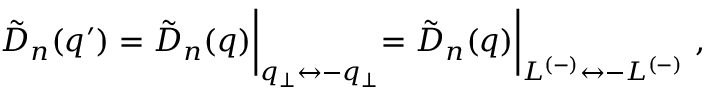
\tilde { D } _ { n } ( q ^ { \prime } ) = \tilde { D } _ { n } ( q ) \biggl | _ { q _ { \perp } \leftrightarrow - q _ { \perp } } = \tilde { D } _ { n } ( q ) \biggl | _ { L ^ { ( - ) } \leftrightarrow - L ^ { ( - ) } } ~ ,